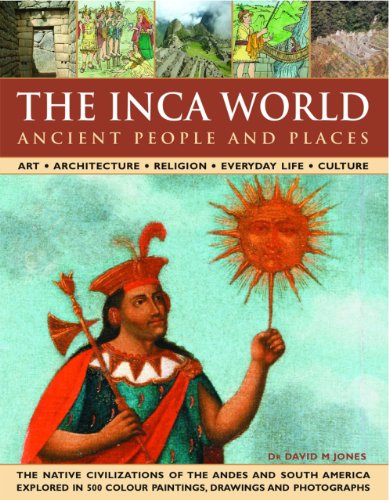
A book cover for The Inca World: Ancient People & Places: Art, architecture, religion, everyday life and culture: the native civilizations of the Andes & South America ... 500 color paintings, drawings and photographs; David Jones; History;